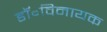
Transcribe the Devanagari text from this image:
डॉ॰विनायक